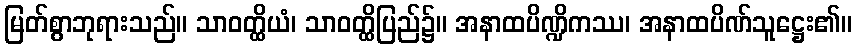
မြတ်စွာဘုရားသည်။ သာဝတ္ထိယံ၊ သာဝတ္ထိပြည်၌။ အနာထပိဏ္ဍိကဿ၊ အနာထပိဏ်သူဋ္ဌေး၏။